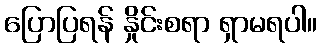
ပြောပြရန် နှိုင်းစရာ ရှာမရပါ။